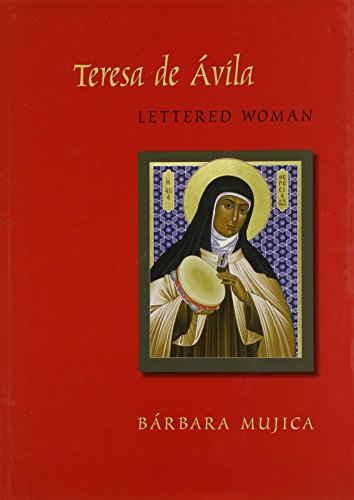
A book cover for Teresa de Avila, Lettered Woman; Barbara Mujica; Biographies & Memoirs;